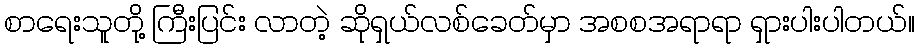
စာရေးသူတို့ ကြီးပြင်း လာတဲ့ ဆိုရှယ်လစ်ခေတ်မှာ အစစအရာရာ ရှားပါးပါတယ်။